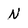
Character: N